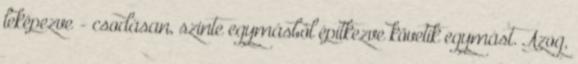
leképezve - csodásan, szinte egymásból építkezve követik egymást. Azog,